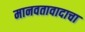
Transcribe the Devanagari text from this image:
मानवतावादाचा